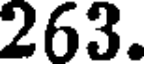
263.